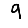
Digit: 9